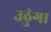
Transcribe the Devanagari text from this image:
उठुंगा